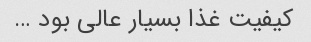
کیفیت غذا بسیار عالی بود …